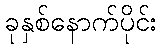
ခုနှစ်နောက်ပိုင်း